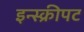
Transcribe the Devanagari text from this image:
इन्स्क्रीपट